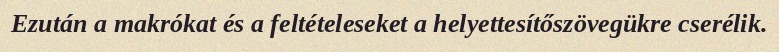
Ezután a makrókat és a feltételeseket a helyettesítőszövegükre cserélik.